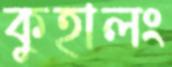
কুহালং